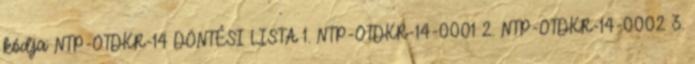
kódja: NTP-OTDKR-14 DÖNTÉSI LISTA 1. NTP-OTDKR-14-0001 2. NTP-OTDKR-14-0002 3.